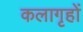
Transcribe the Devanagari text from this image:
कलागृहों